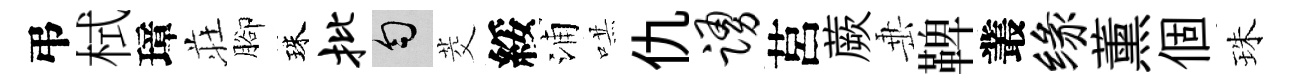
弔栻璋荘腳珠批匀茭綏浦哄仇踊莒蕨𡸁鞞叢缘薰個珠